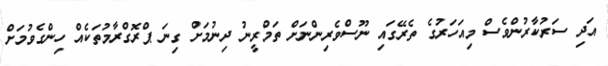
އަދި ސަރުކާރުންވެސް މިއަހަރުގެ ތެރޭގައި ނޫސްވެރިންނަށް ތަމްރީނު ދިނުމަށް ގިނަ ޕްރޮގްރާމުތަކެއް ހިންގެވުމަށް